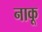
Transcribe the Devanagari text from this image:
नाकू